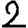
Digit: 2